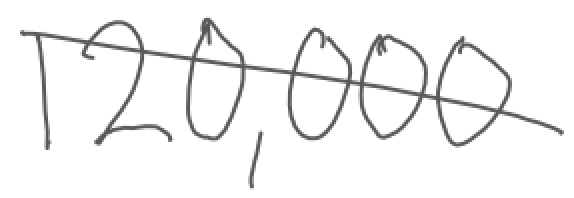
Text: 120,000
Cross-out: diagonal
Writing tool: digital_gray